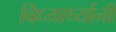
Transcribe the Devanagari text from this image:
विध्यार्थ्यानी